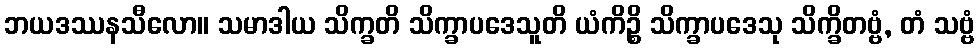
ဘယဒဿနသီလော။ သမာဒါယ သိက္ခတိ သိက္ခာပဒေသူတိ ယံကိဉ္စိ သိက္ခာပဒေသု သိက္ခိတဗ္ဗံ, တံ သဗ္ဗံ